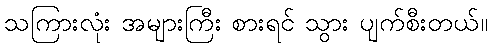
သကြားလုံး အများကြီး စားရင် သွား ပျက်စီးတယ်။